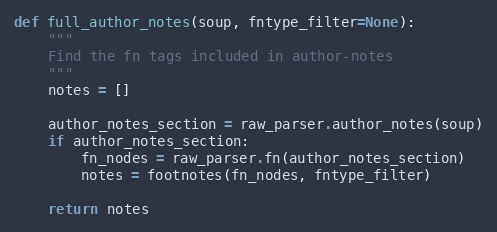
Language: Python
def full_author_notes(soup, fntype_filter=None):
    """
    Find the fn tags included in author-notes
    """
    notes = []

    author_notes_section = raw_parser.author_notes(soup)
    if author_notes_section:
        fn_nodes = raw_parser.fn(author_notes_section)
        notes = footnotes(fn_nodes, fntype_filter)

    return notes